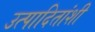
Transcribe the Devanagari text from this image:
उत्पादितांशी